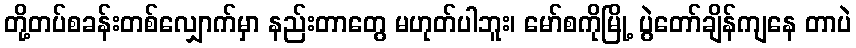
တို့တပ်စခန်းတစ်လျှောက်မှာ နည်းတာတွေ မဟုတ်ပါဘူး၊ မော်စကိုမြို့ ပွဲတော်ချိန်ကျနေ တာပဲ